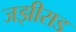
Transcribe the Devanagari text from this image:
जझीराड